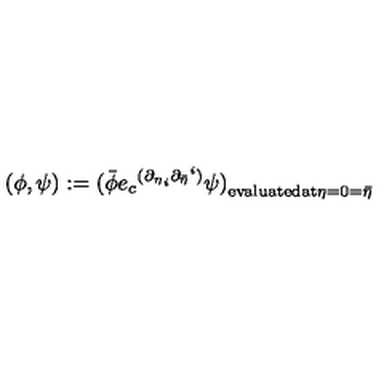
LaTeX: ( \phi , \psi ) : = { ( \bar { \phi } { e _ { c } } ^ { ( { { \partial } _ { \eta } } _ { i } { { \partial } _ { \bar { \eta } } } ^ { i } ) } \psi ) } _ { \mathrm { \small e v a l u a t e d a t \mathrm { } } \eta = 0 = \bar { \eta } }